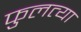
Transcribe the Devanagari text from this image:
फुलत्या